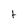
Character: t